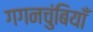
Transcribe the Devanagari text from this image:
गगनचुंबियाँ